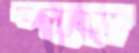
দলুয়া